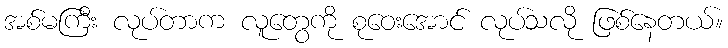
အစ်မကြီး လုပ်တာက လူတွေကို စုဝေးအောင် လုပ်သလို ဖြစ်နေတယ်။